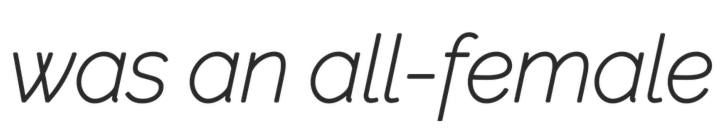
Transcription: was an all-female